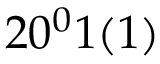
2 0 ^ { 0 } 1 ( 1 )